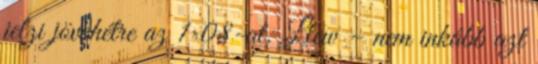
jelzi jövőhétre az 1×08-at. Llew – nem inkább azt